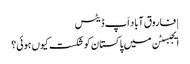
| فاروق آباد اَپ ڈیٹس
ایجبسٹن میں پاکستان کو شکست کیوں ہوئی؟